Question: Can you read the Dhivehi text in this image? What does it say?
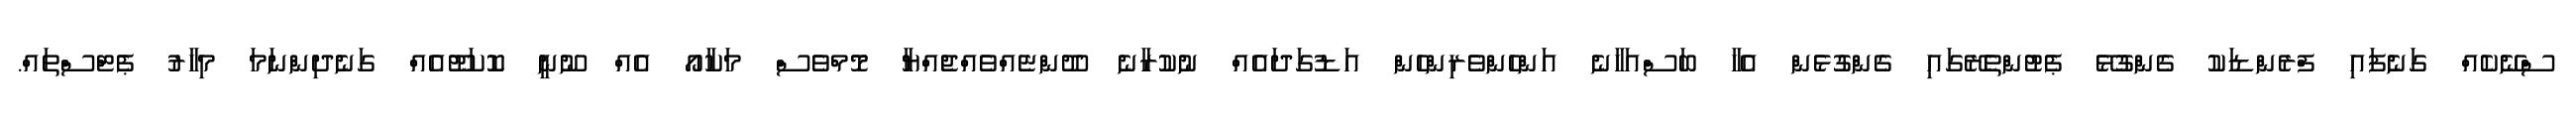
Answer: ސްނޭކެއް ގަނެފައި ފްރެންޑަކު ގެންގުޅޭ ޕެޓުންތެރޭގައި ގެންގުޅެން އެހާ ބަސްއަހާނެ އަންހެންވެރިންހެން އަޑުގަދައެއް ނުކުރާނެ ދޫންޏެއްވެއްޖެއްޔާ މޮމްވެސް މަކާއޯ އެއް ނޫނީ ކޮކަޓޫއެއް ގަނެދިންނަމަ މިހާރު ޕެޓްސްތައް.